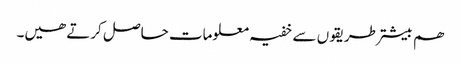
ھم بیشتر طریقوں ‎سے خفیہ معلومات حاصل کرتے ھیں۔